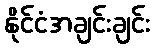
နိုင်ငံအချင်းချင်း